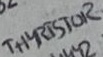
Text: THYRISTOR